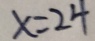
x = 2 4